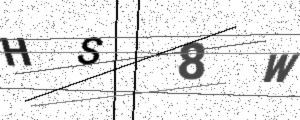
Text: HS8W